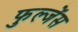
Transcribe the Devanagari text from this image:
फुल्जेंस